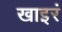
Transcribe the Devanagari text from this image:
खाइरं